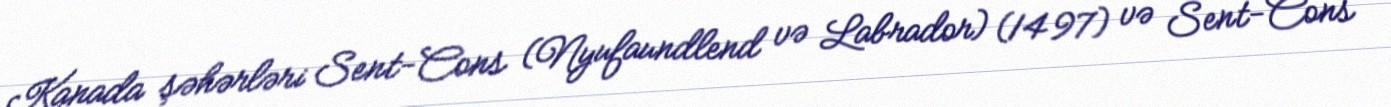
Kanada şəhərləri Sent-Cons (Nyufaundlend və Labrador) (1497) və Sent-Cons